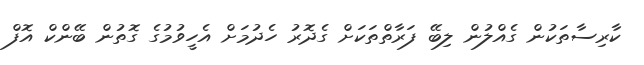
ކާރިސާތަކުން ގެއްލުން ލިބޭ ފަރާތްތަކަށް ގެދޮރު ހެދުމަށް އެހީވުމުގެ ގޮތުން ބޭންކް އޮފް